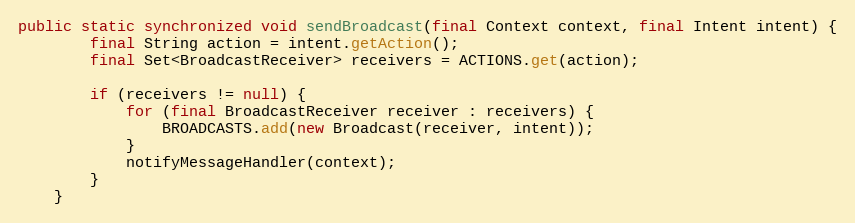
Language: Java
public static synchronized void sendBroadcast(final Context context, final Intent intent) {
		final String action = intent.getAction();
		final Set<BroadcastReceiver> receivers = ACTIONS.get(action);

		if (receivers != null) {
			for (final BroadcastReceiver receiver : receivers) {
				BROADCASTS.add(new Broadcast(receiver, intent));
			}
			notifyMessageHandler(context);
		}
	}